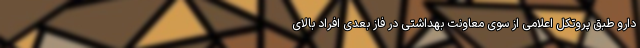
دارو طبق پروتکل اعلامی از سوی معاونت بهداشتی در فاز بعدی افراد بالای